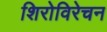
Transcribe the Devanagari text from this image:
शिरोविरेचन